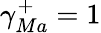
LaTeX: \gamma_{Ma}^{+}=1